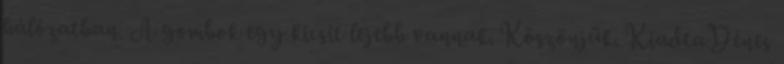
hálózatban. A gombok egy kicsit lejebb vannak. Köszönjük. KiadtaDénes